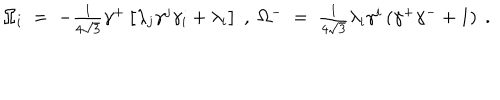
LaTeX: \Omega _ { i } \; = \; - \textstyle { \frac { 1 } { 4 \sqrt { 3 } } } \gamma ^ { + } \left[ \lambda _ { j } \gamma ^ { j } \gamma _ { i } + \lambda _ { i } \right] \; , \; \Omega ^ { - } \; = \; \textstyle { \frac { 1 } { 4 \sqrt { 3 } } } \lambda _ { i } \gamma ^ { i } \left( \gamma ^ { + } \gamma ^ { - } + 1 \right) \; .